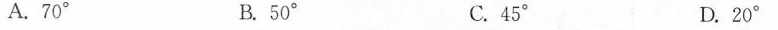
A.70° B.50° C.45° D.20°